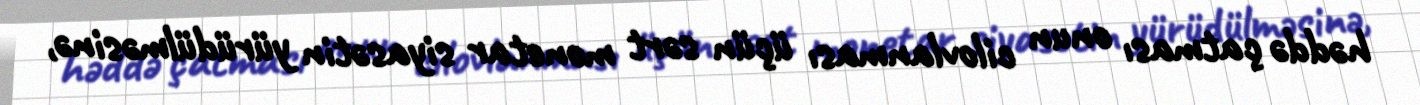
həddə çatması onun cilovlanması üçün sərt monetar siyasətin yürüdülməsinə,